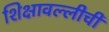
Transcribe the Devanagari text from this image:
शिक्षावल्लीची